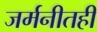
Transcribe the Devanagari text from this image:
जर्मनीतही